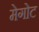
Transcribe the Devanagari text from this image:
मेगोट